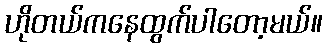
ဟိုတယ်ကနေထွက်ပါတော့မယ်။